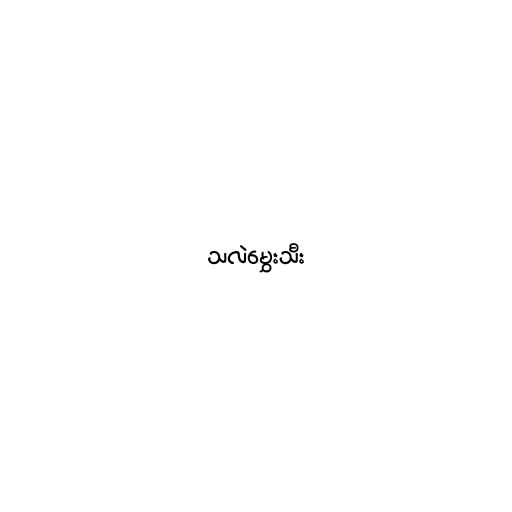
သလဲမွှေးသီး